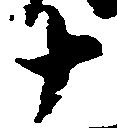
十